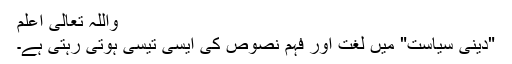
واللہ تعالٰی اعلم
"دینی سیاست" میں لغت اور فہم نصوص کی ایسی تیسی ہوتی رہتی ہے۔